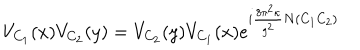
V _ { C _ { 1 } } ( x ) V _ { C _ { 2 } } ( y ) = V _ { C _ { 2 } } ( y ) V _ { C _ { 1 } } ( x ) e ^ { i \frac { 8 \pi ^ { 2 } \kappa } { g ^ { 2 } } N ( C _ { 1 } C _ { 2 } ) }